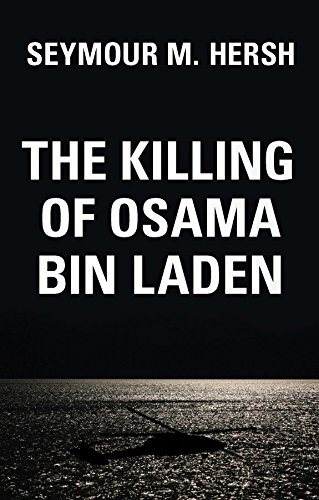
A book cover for The Killing of Osama Bin Laden; Seymour M. Hersh; History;